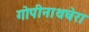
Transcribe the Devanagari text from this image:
गोपीनाथघेरा